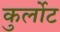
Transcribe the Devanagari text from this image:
कुर्लोट